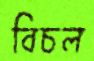
বিচল